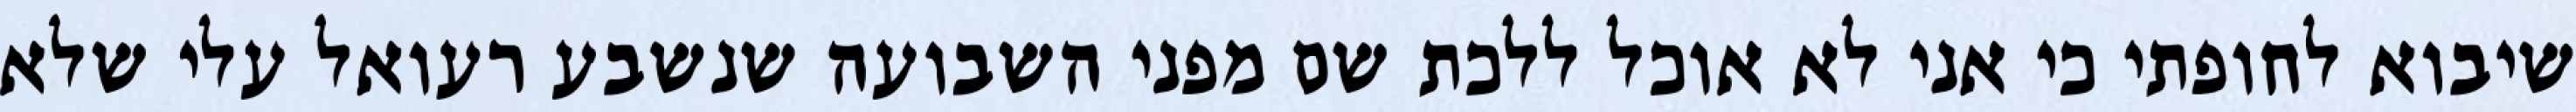
שיבוא לחופתי כי אני לא אוכל ללכת שם מפני השבועה שנשבע רעואל עלי שלא